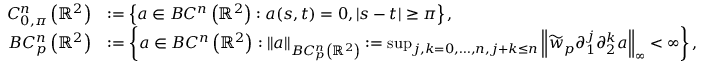
\begin{array} { r l } { C _ { 0 , \pi } ^ { n } \left( \mathbb { R } ^ { 2 } \right) } & { : = \left\{ a \in B C ^ { n } \left( \mathbb { R } ^ { 2 } \right) : a ( s , t ) = 0 , | s - t | \geq \pi \right\} , } \\ { B C _ { p } ^ { n } \left( \mathbb { R } ^ { 2 } \right) } & { : = \left\{ a \in B C ^ { n } \left( \mathbb { R } ^ { 2 } \right) : \| a \| _ { B C _ { p } ^ { n } \left( \mathbb { R } ^ { 2 } \right) } : = \operatorname* { s u p } _ { j , k = 0 , \ldots , n , j + k \leq n } \left\| \widetilde { w } _ { p } \partial _ { 1 } ^ { j } \partial _ { 2 } ^ { k } a \right\| _ { \infty } < \infty \right\} , } \end{array}